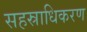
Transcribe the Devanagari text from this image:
सहस्राधिकरण